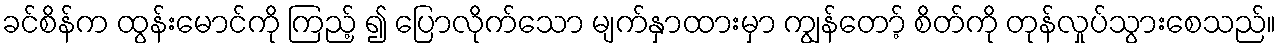
ခင်စိန်က ထွန်းမောင်ကို ကြည့် ၍ ပြောလိုက်သော မျက်နှာထားမှာ ကျွန်တော့် စိတ်ကို တုန်လှုပ်သွားစေသည်။